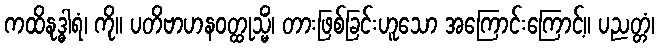
ကထိနုဒ္ဓါရံ၊ ကို။ ပတိဗာဟနဝတ္ထုသ္မိံ၊ တားဖြစ်ခြင်းဟူသော အကြောင်းကြောင့်။ ပညတ္တံ၊